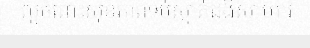
ល្អចំពោះសុខភាពទប់ស្កាត់ជំងឺសាហាវ